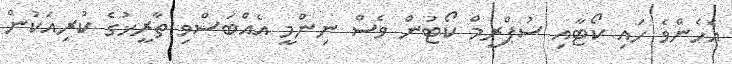
އެހެންވެ ހައި ކޯޓާއި ސުޕްރީމް ކޯޓުން ވެސް ނިންމީ އެއްބަސްވި ތާރީޚުގެ ކުރިއަކުން